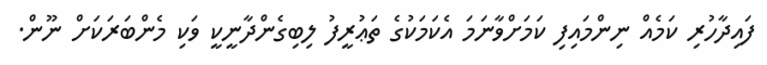
ފައިދާހުރި ކަމެއް ނިންމައިފި ކަމަށްވާނަމަ އެކަމަކުގެ ތަޢުރީފު ލިބިގެންދާނީކީ ވަކި މެންބަރަކަށް ނޫން.